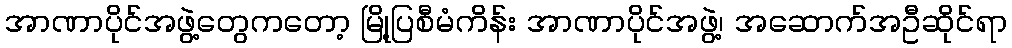
အာဏာပိုင်အဖွဲ့တွေကတော့ မြို့ပြစီမံကိန်း အာဏာပိုင်အဖွဲ့၊ အဆောက်အဦဆိုင်ရာ